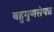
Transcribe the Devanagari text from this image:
बहुगुणसंपन्न